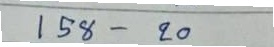
158 - 20